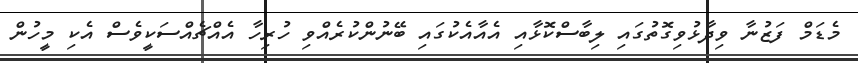
މެޑަމް ފަޒުނާ ވިދާޅުވިގޮތުގައި ލިބާސްކޮޅާއި އެއާއެކުގައި ބޭނުންކުރެއްވި ހުރިހާ އެއްޗެއްސަކީވެސް އެކި މީހުން